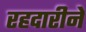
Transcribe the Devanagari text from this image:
रहदारीने